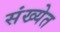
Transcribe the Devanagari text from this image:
संख्‍येत